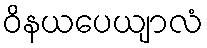
ဝိနယပေယျာလံ